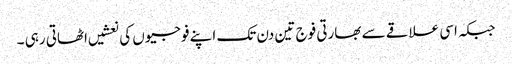
جبکہ اسی علاقے سے بھارتی فوج تین دن تک اپنے فوجیوں کی نعشیں اٹھاتی رہی ۔